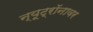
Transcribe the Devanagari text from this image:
न्यूट्रॉनावर